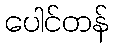
ပေါင်တန်